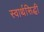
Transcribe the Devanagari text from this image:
स्वार्थसिद्धी